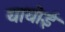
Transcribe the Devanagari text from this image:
यायोई